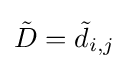
{\tilde {D}}={{\tilde {d}}_{i,j}}